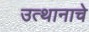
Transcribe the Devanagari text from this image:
उत्थानाचे